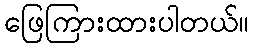
ဖြေကြားထားပါတယ်။